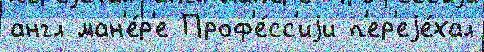
англ ман'е́р'е Проф'е́сс'иjи п'ер'еjе́хал